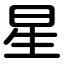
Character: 星